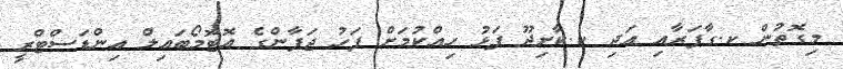
މިގޮތުން ކ.ގާފަރާއި އަދި ކ.ކާށިދޫ ފަޅު ހިއްކުމަށް ފަހު ޖަޕާންގެ އޮޓޮމޯބައިލް އިންޑަސްޓްރީ